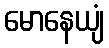
မောနေယျံ